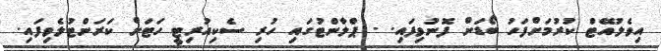
އިވެލުއޭޓް ކުރުމަށްފަހު ބޯޑަށް ފޮނުވިފައި. - ޕްލާންޓުގައި ހުރި ސެކިއުރިޓީ ހަޓަށް ކަރަންޓުލެވިފައި.